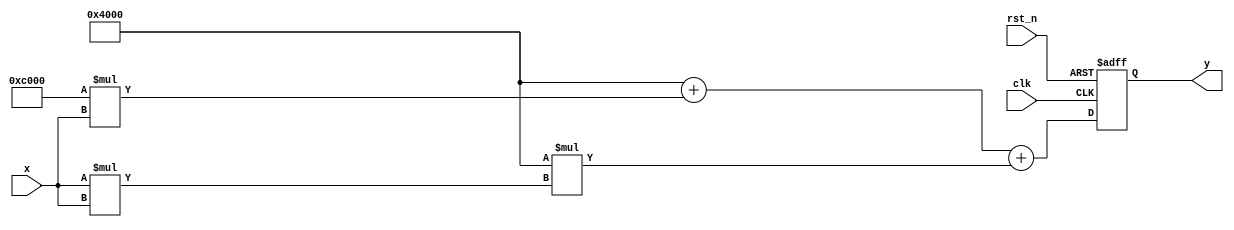
module poly_reciprocal (
    input       clk,
    input       rst_n,
    input [15:0] x,      // Input value (0 < x < 1)
    output reg [15:0] y  // Output value (approximation of 1/x)
);

    // Polynomial coefficients for 5th degree approximation
    // Coefficients are hypothetical and should be derived from actual approximation
    localparam [15:0] C0 = 16'h4000; // 1.0
    localparam [15:0] C1 = 16'hC000; // -2.0
    localparam [15:0] C2 = 16'h4000; // 1.0
    localparam [15:0] C3 = 16'h0000; // 0.0
    localparam [15:0] C4 = 16'h0000; // 0.0
    localparam [15:0] C5 = 16'h0000; // 0.0

    reg [15:0] x_squared;
    reg [15:0] poly_eval;

    always @(posedge clk or negedge rst_n) begin
        if (!rst_n) begin
            y <= 16'h0000;
        end else begin
            // Normalization step (assumed to be done externally)
            // Polynomial evaluation using Horner's method
            x_squared = x * x;  // x^2
            poly_eval = C0 + (C1 * x) + (C2 * x_squared); // C0 + C1*x + C2*x^2

            // Output scaling (if needed)
            y <= poly_eval; // Output the polynomial evaluation
        end
    end
endmodule